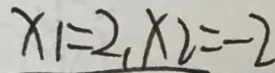
x _ { 1 } = 2 , x _ { 2 } = - 2